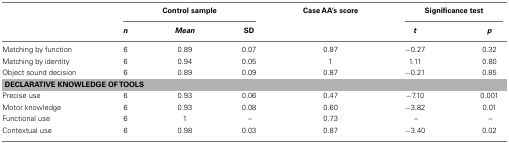
|  | <COLSPAN=3> Control sample | Case AA’s score | <COLSPAN=2> Significance test |
 |  | n | Mean | SD |  | t | p |
 | --- | --- | --- | --- | --- | --- | --- |
 | Matching by function | 6 | 0.89 | 0.07 | 0.87 | −0.27 | 0.32 |
 | Matching by identity | 6 | 0.94 | 0.05 | 1 | 1.11 | 0.80 |
 | Object sound decision | 6 | 0.89 | 0.09 | 0.87 | −0.21 | 0.85 |
 | <COLSPAN=7> DECLARATIVE KNOWLEDGE OF TOOLS |
 | Precise use | 6 | 0.93 | 0.06 | 0.47 | −7.10 | 0.001 |
 | Motor knowledge | 6 | 0.93 | 0.08 | 0.60 | −3.82 | 0.01 |
 | Functional use | 6 | 1 | – | 0.73 | – | – |
 | Contextual use | 6 | 0.98 | 0.03 | 0.87 | −3.40 | 0.02 |